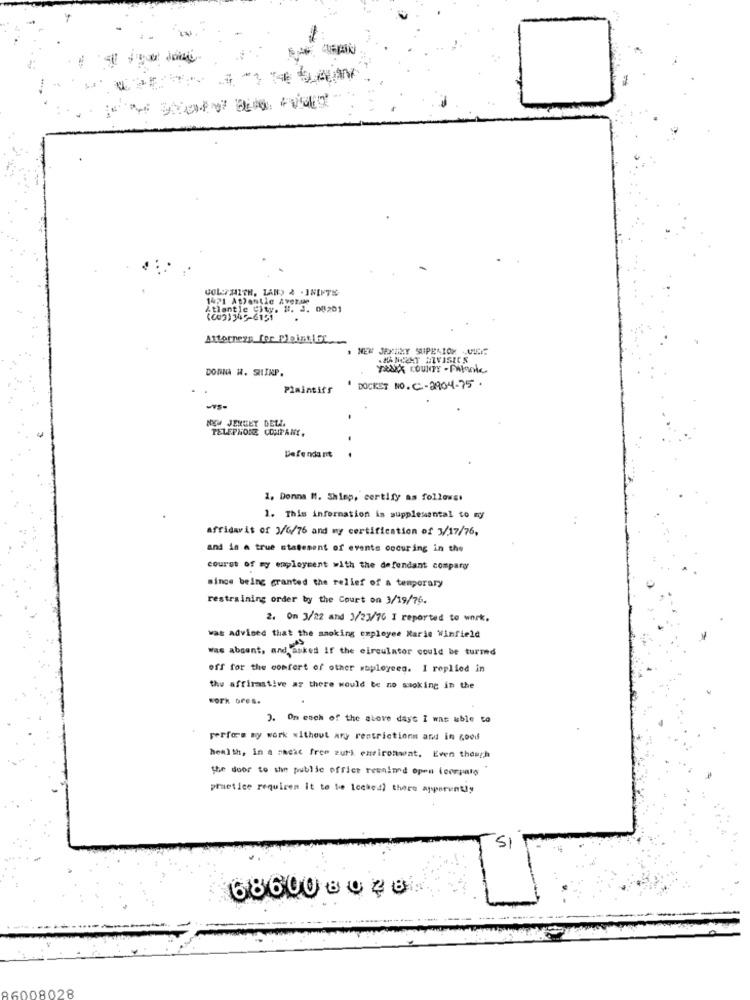
VOLTAITH, LAND & .INLITE
1471 Atlantic Avez.30
Atlantle City. #1. 2. 08201
(003)345-6151
Attorneys_for_Pleint LOL
NEW JERSEY SUPERIOR -
HANCENT DIVISION
DONNA H. SHINP.
Maxx COUNTY- Palante
Plaintiff
DOCKST NO. C-2904-75.
NOM JENGET DE
TELEPHONE COMPANY,
Defendant
1. Donna M. Shisp, certify as follows.
1. This information is supplemental to my
:
affidavit of 3/6/76 and my certification of 3/17/76,
and in a true statement of events cocuring in the
courst of my employment with the defendant company
since being granted the relief of a temporary
restraining order by the Court on 3/19/76.
2. On 3/22 and 3/23/76 I reported to work,
was Advised that the smoking employee Marie Winfield
was absent, and asked If the circulator could be turmed
off for the comfort of other waployees. I replied in
thu affirmative az there would be no smoking in the
work bres.
3. On each of the above days I was able to
perform my work without ary restrictions and in good
health, in a sacac free zurk environment, Even though
the door to the public office reenland open doorpats"
practice requisen it to be locked? there apparently
SI
68600 8040
86008028